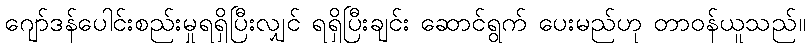
ဂျော်ဒန်ပေါင်းစည်းမှုရရှိပြီးလျှင် ရရှိပြီးချင်း ဆောင်ရွက် ပေးမည်ဟု တာဝန်ယူသည်။